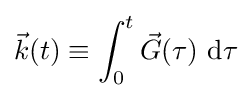
{\vec {k}}(t)\equiv \int _{0}^{t}{\vec {G}}(\tau )\ \mathrm {d} \tau